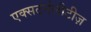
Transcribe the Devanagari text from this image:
एक्सटर्नलीटीज़